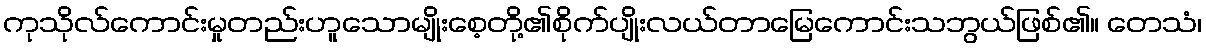
ကုသိုလ်ကောင်းမှုတည်းဟူသောမျိုးစေ့တို့၏စိုက်ပျိုးလယ်တာမြေကောင်းသဘွယ်ဖြစ်၏။ တေသံ၊